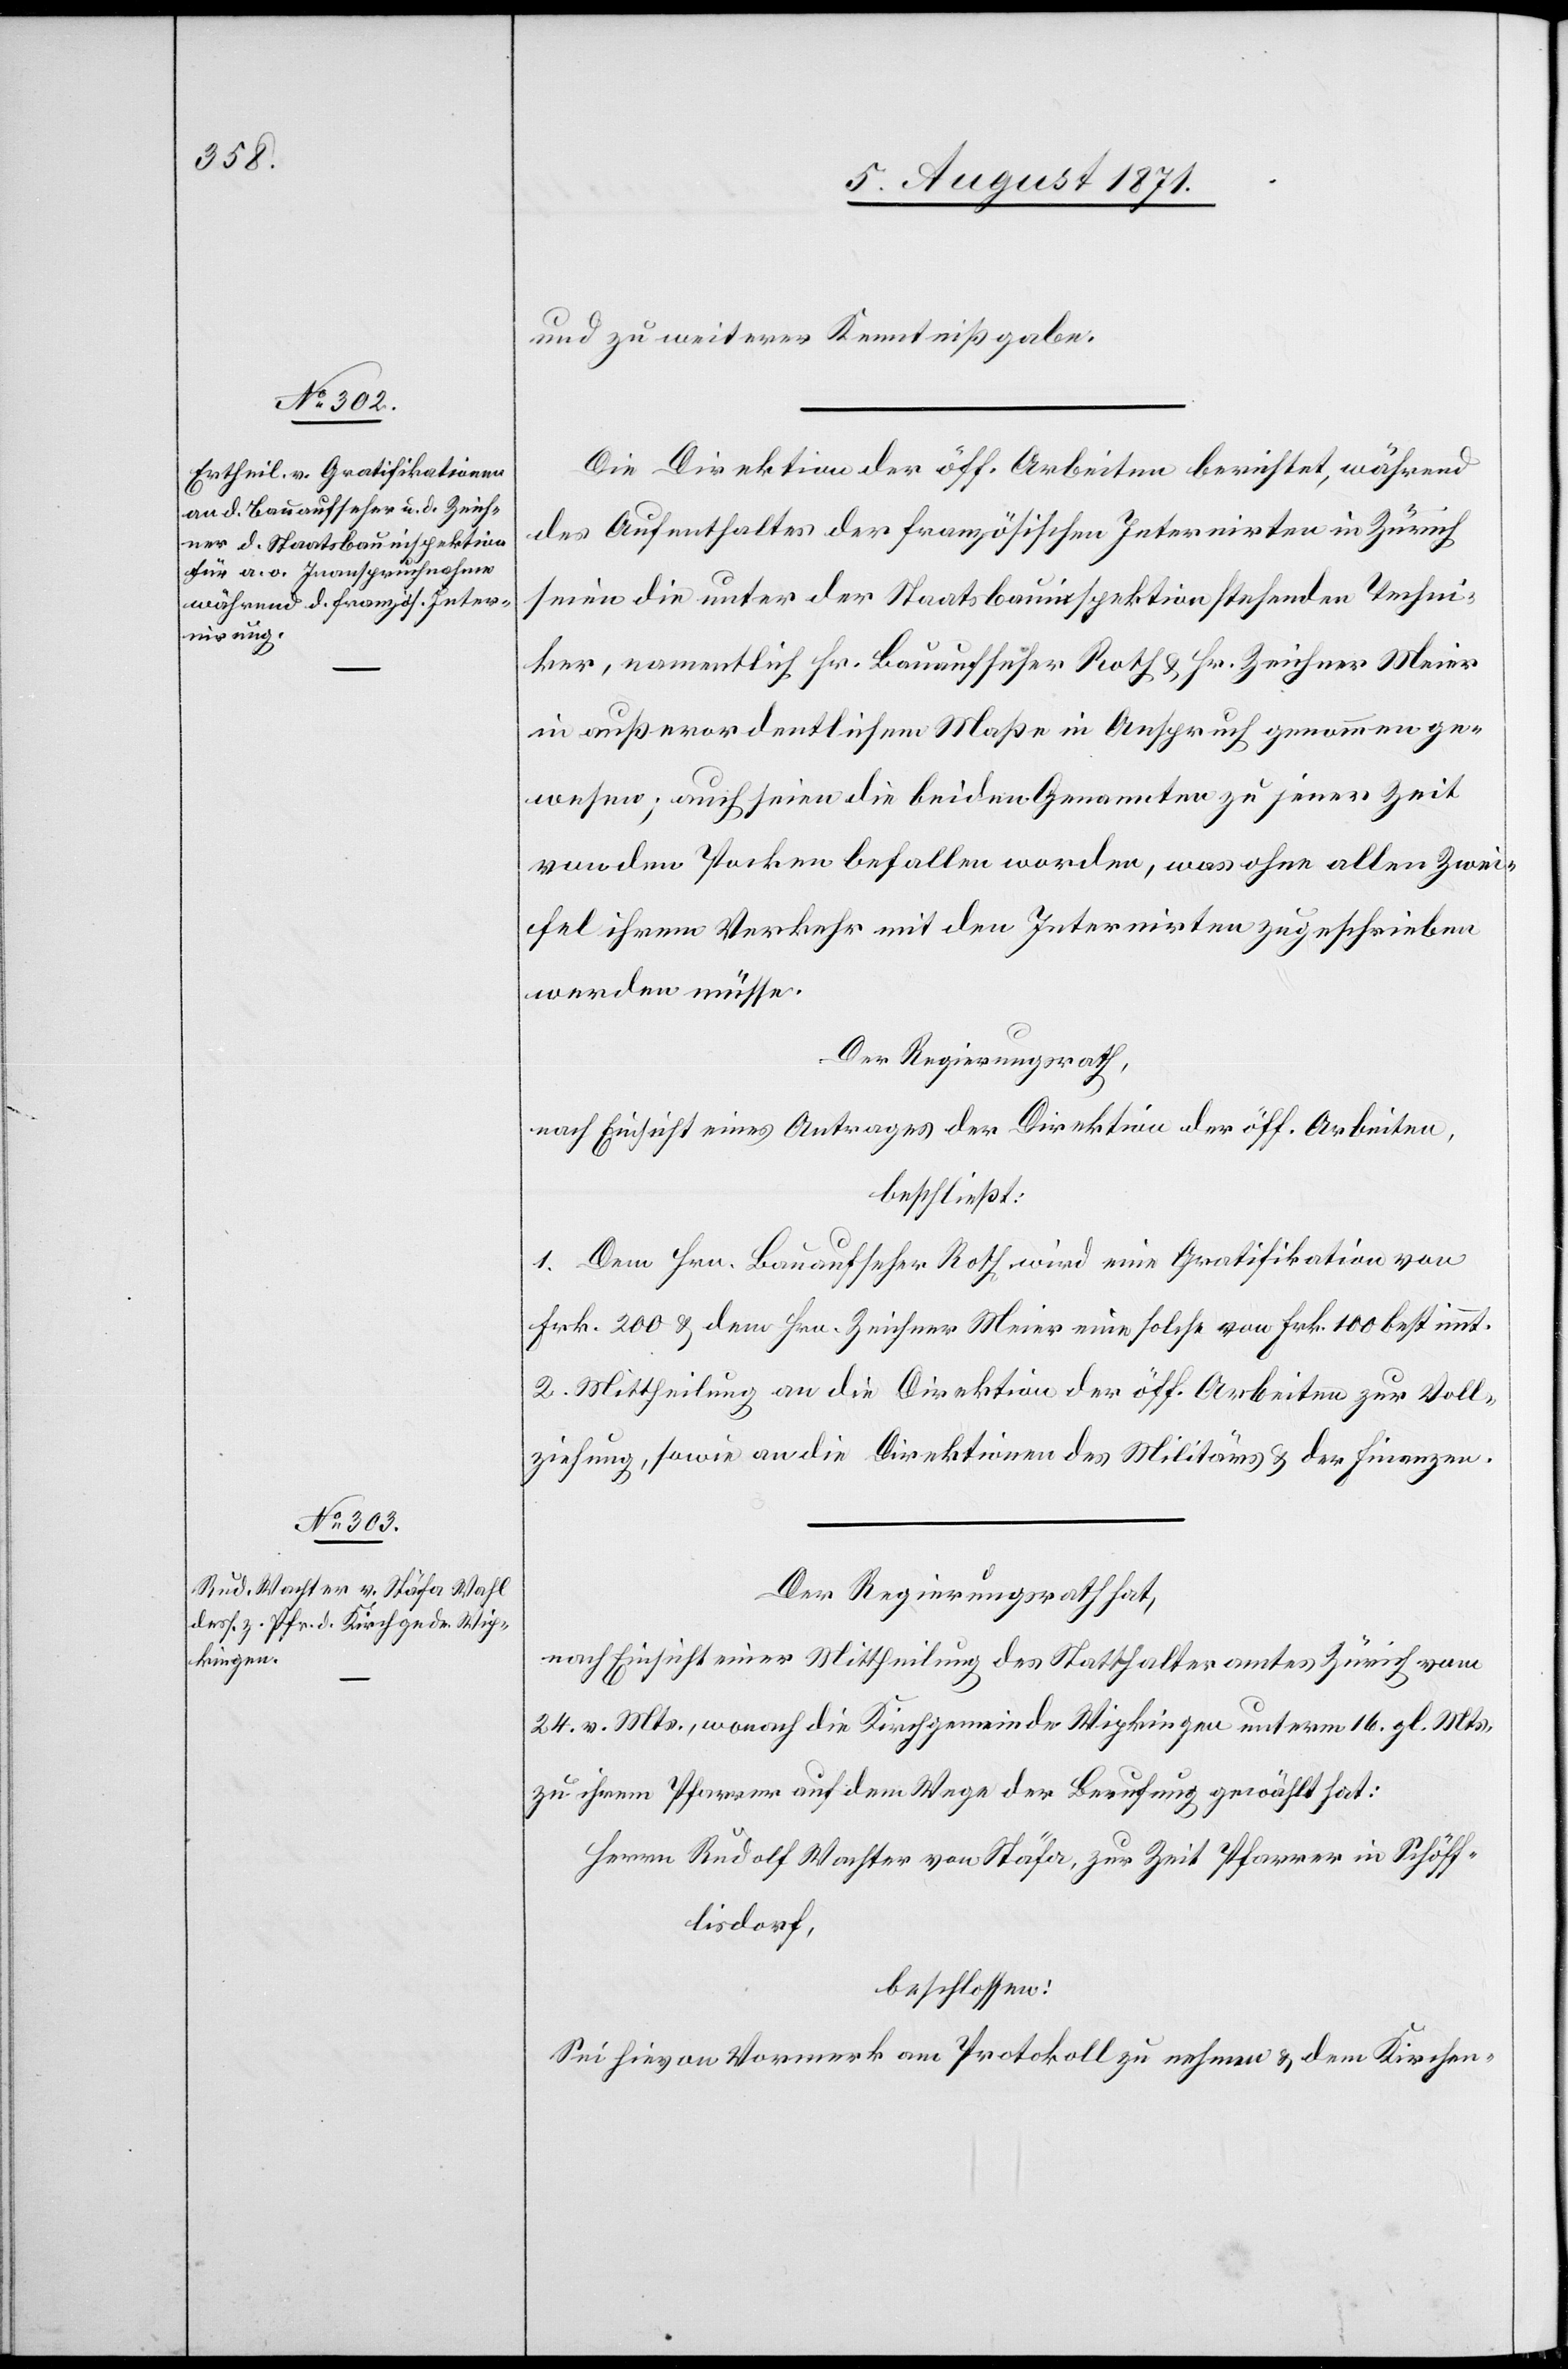
und zu weiterer Kenntnißgabe.
Die Direktion der öff. Arbeiten berichtet, während
des Aufenthaltes der französischen Internirten in Zürich
seien die unter der Staatsbauinspektion stehenden Techni¬
ker, namentlich Hr. Bauaufseher Roth u. Hr. Zeichner Meier
in außerordentlichem Maße in Anspruch genommen ge¬
wesen; auch seien die beiden Genannten zu jener Zeit
von den Pocken befallen worden, was ohne allen Zwei¬
fel ihrem Verkehr mit den Internirten zugeschrieben
werden müsse.
Der Regierungsrath,
nach Einsicht eines Antrages der Direktion der öff. Arbeiten,
beschließt:
1. Dem Hrn. Bauaufseher Roth wird eine Gratifikation von
Frk. 200 u. dem Hrn. Zeichner Meier eine solche von Frk. 100 bestimmt.
2. Mittheilung an die Direktion der öff. Arbeiten zur Voll¬
ziehung, sowie an die Direktion des Militärs u. der Finanzen.
Der Regierungsrath hat,
nach Einsicht einer Mittheilung des Statthalteramtes Zürich vom
24. v. Mts., wonach die Kirchgemeinde Wipkingen unterm 16. gl. Mts.
zu ihrem Pfarrer auf dem Wege der Berufung gewählt hat:
Herrn Rudolf Wachter von Stäfa, zur Zeit Pfarrer in Schöff¬
lisdorf,
beschlossen:
Sei hievon Vormerk am Protokoll zu nehmen u. dem Kirchen-